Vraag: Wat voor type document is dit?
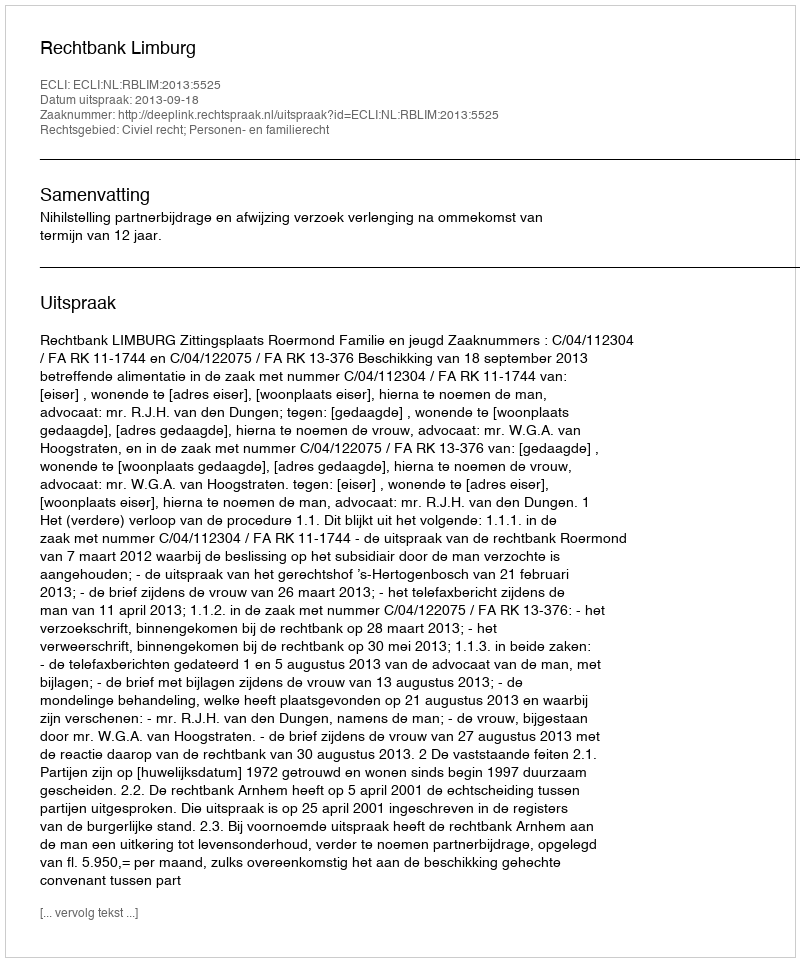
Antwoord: Uitspraak